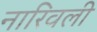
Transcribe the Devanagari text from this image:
नारिवली